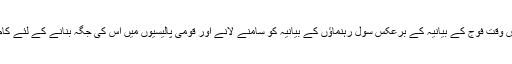
نواز شریف اس وقت فوج کے بیانیہ کے برعکس سول رہنماؤں کے بیانیہ کو سامنے لانے اور قومی پالیسیوں میں اس کی جگہ بنانے کے لئے کام کررہے ہیں۔